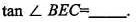
那么$$\tan ∠ B E C = ___$$。